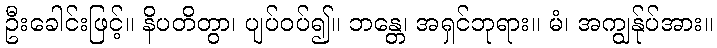
ဦးခေါင်းဖြင့်။ နိပတိတွာ၊ ပျပ်ဝပ်၍။ ဘန္တေ၊ အရှင်ဘုရား။ မံ၊ အကျွန်ုပ်အား။